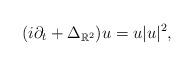
LaTeX: \begin{align*} (i\partial_t+\Delta_{\mathbb{R}^2})u=u|u|^2,\end{align*}